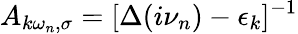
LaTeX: A_{k\omega_{n},\sigma}=[\Delta(i\nu_{n})-\epsilon_{k}]^{-1}